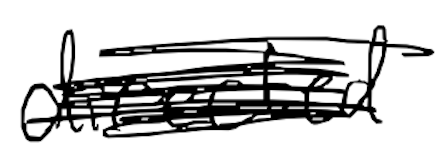
Text: directed
Cross-out: scratch
Writing tool: digital_black